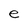
Character: e